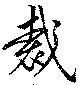
裁